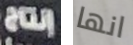
إنتاج انها